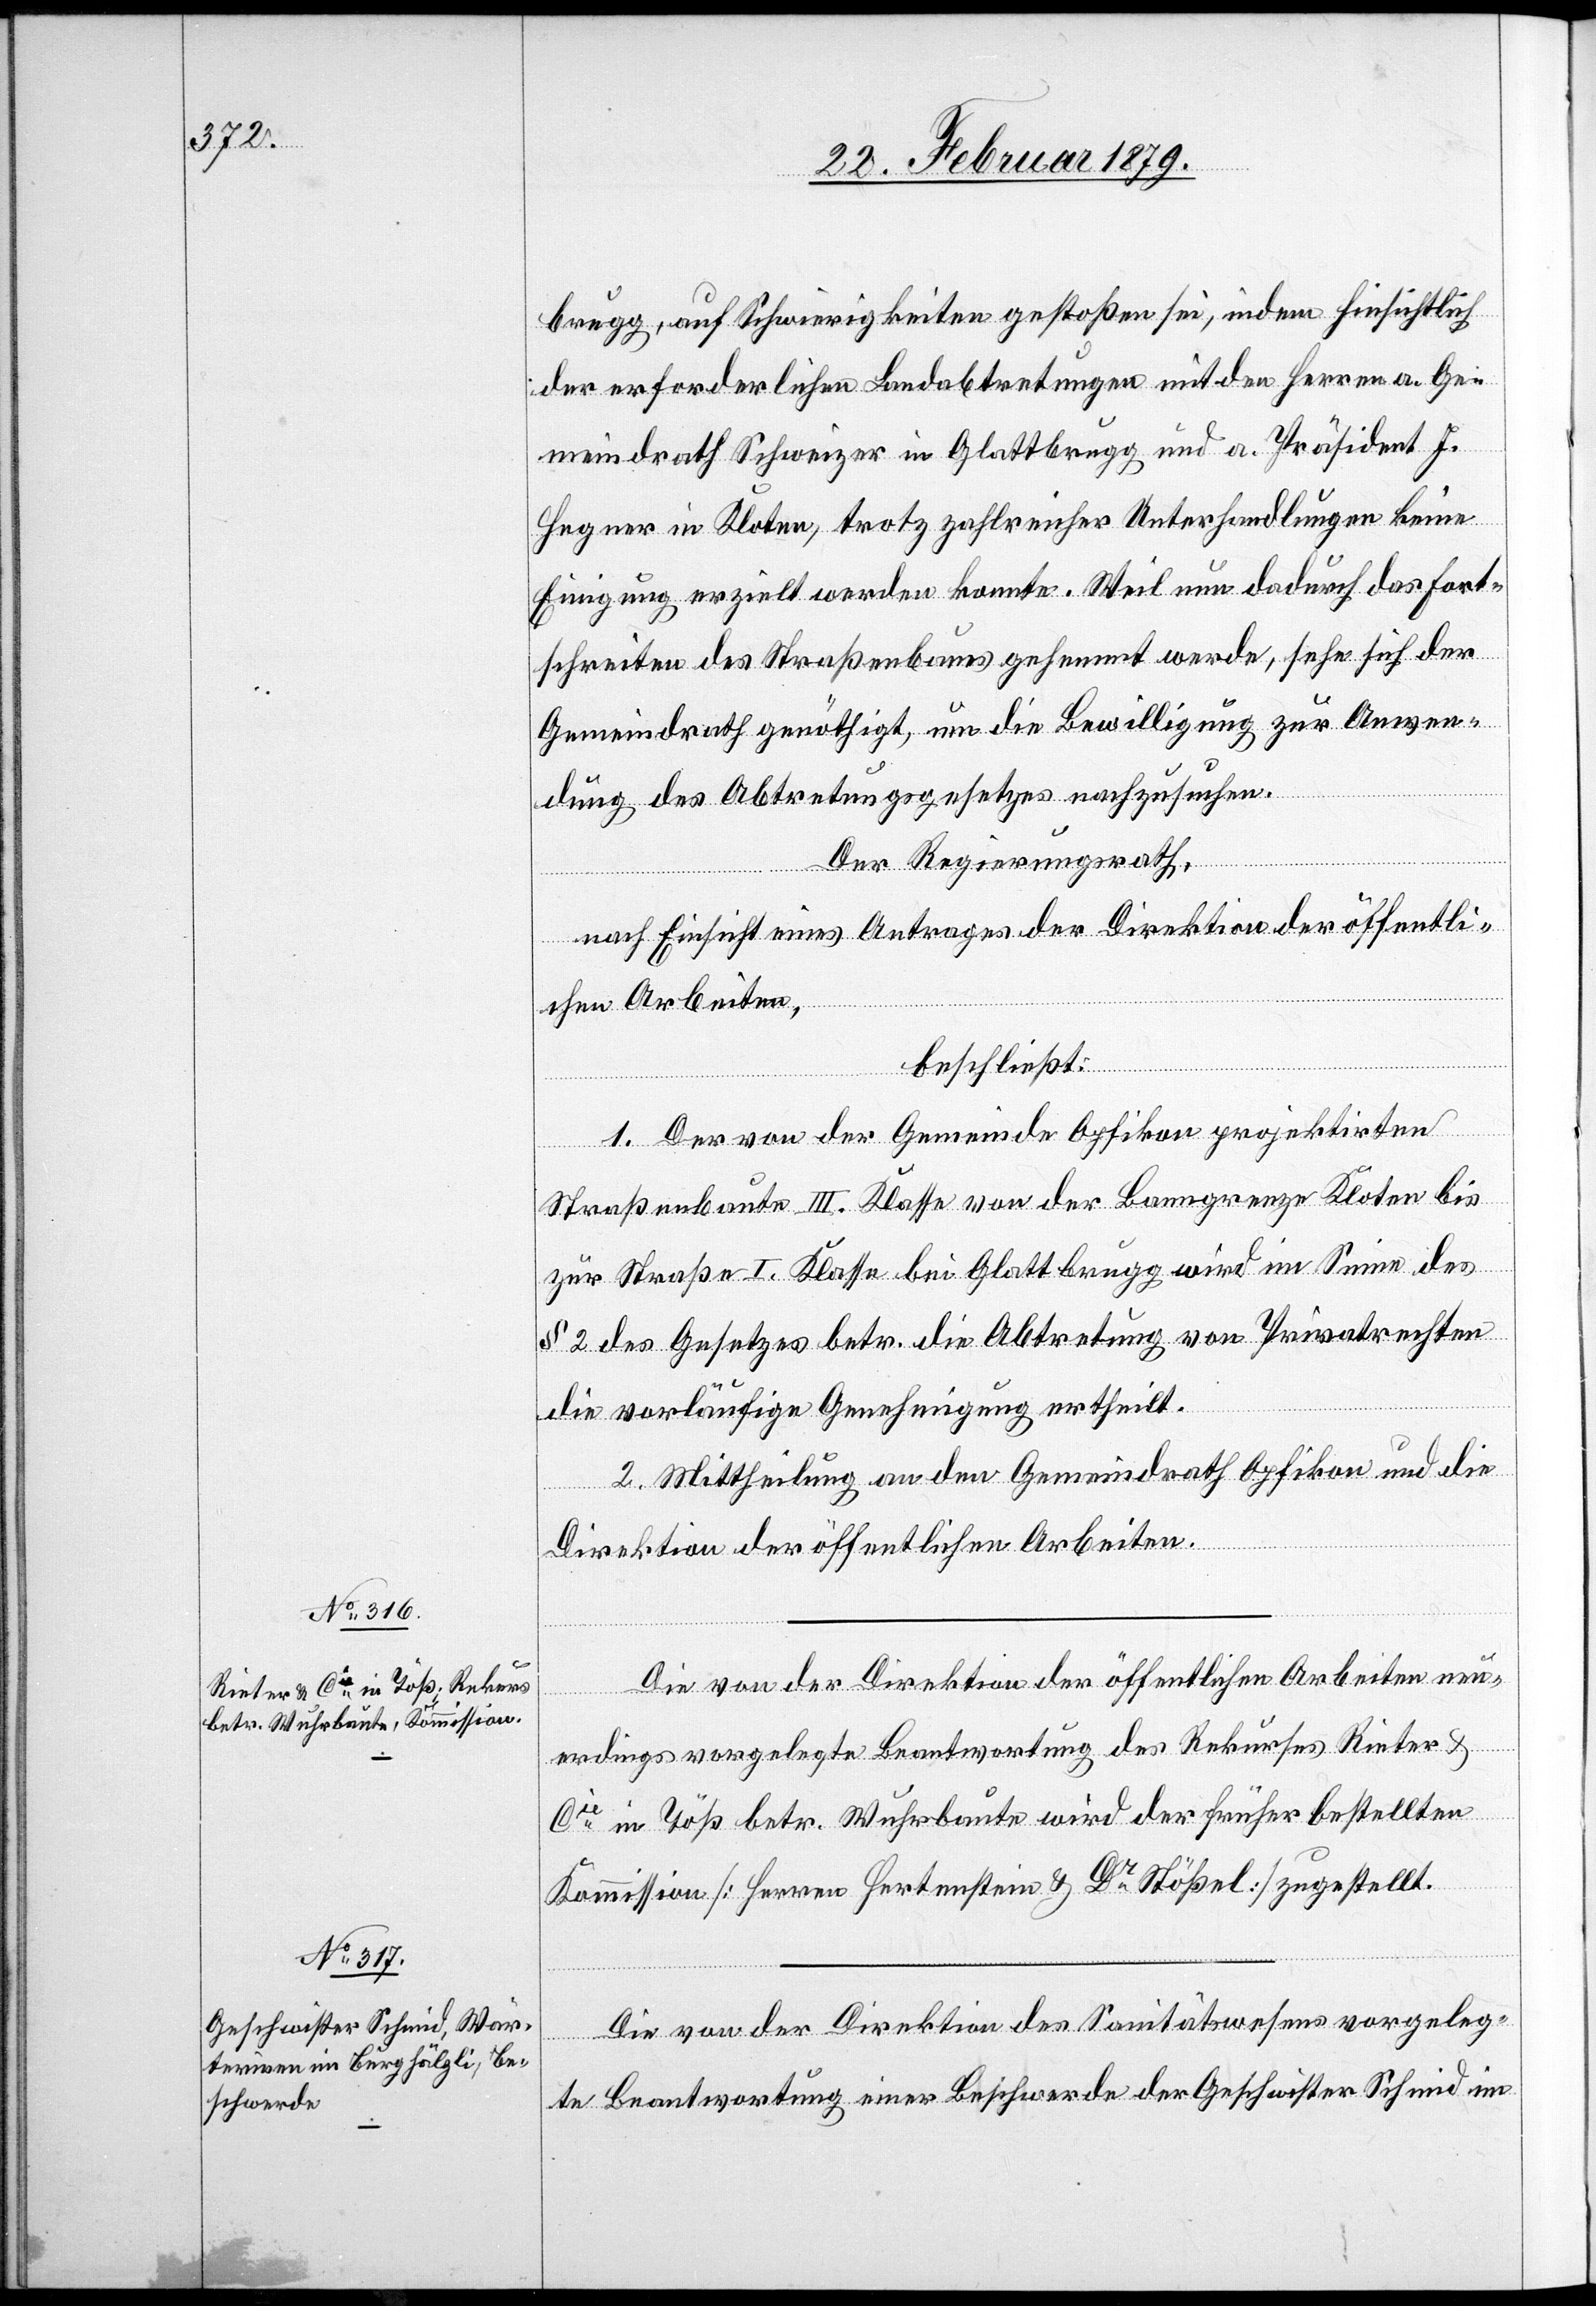
brugg, auf Schwierigkeiten gestoßen sei, indem hinsichtlich
der erforderlichen Landabtretungen mit den Herren a. Ge¬
meindrath Schweizer in Glattbrugg und a. Präsident J.
Hegner in Kloten, trotz zahlreicher Unterhandlungen keine
Einigung erzielt werden konnte. Weil nun dadurch das Fort¬
schreiten des Straßenbaues gehemmt werde, sehe sich der
Gemeindrath genöthigt, um die Bewilligung zur Anwen¬
dung des Abtretungsgesetzes nachzusuchen.
Der Regierungsrath,
nach Einsicht eines Antrages der Direktion der öffentli¬
chen Arbeiten,
beschließt:
1. Der von der Gemeinde Opfikon projektirten
Straßenbaute III. Klasse von der Banngrenze Kloten bis
zur Straße I. Klasse bei Glattbrugg wird im Sinne des
§ 2 des Gesetzes betr. die Abtretung von Privatrechten
die vorläufige Genehmigung ertheilt.
2. Mittheilung an den Gemeindrath Opfikon und die
Direktion der öffentlichen Arbeiten.
Die von der Direktion der öffentlichen Arbeiten neu¬
erdings vorgelegte Beantwortung des Rekurses Rieter &
Cie in Töß betr. Wuhrbaute wird der früher bestellten
Kommission [Herren Hertenstein & Dr Stößel] zugestellt.
Die von der Direktion des Sanitätswesens vorgeleg¬
te Beantwortung einer Beschwerde der Geschwister Schmid im